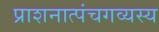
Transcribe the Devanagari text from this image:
प्राशनात्पंचगव्यस्य